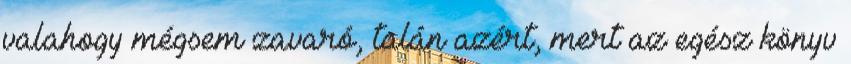
valahogy mégsem zavaró, talán azért, mert az egész könyv